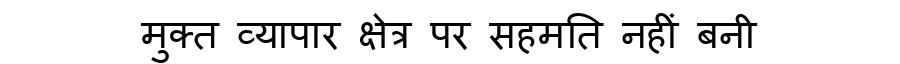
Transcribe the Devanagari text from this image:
मुक्त व्यापार क्षेत्र पर सहमति नहीं बनी